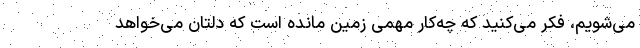
می‌شویم، فکر می‌کنید که چه‌کار مهمی زمین مانده است که دلتان می‌خواهد